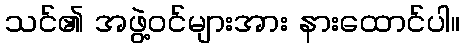
သင်၏ အဖွဲ့ဝင်များအား နားထောင်ပါ။